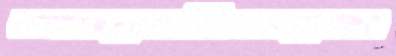
জ্যাকেটগুলো